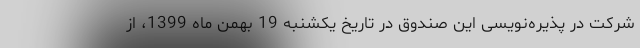
شرکت در پذیره‌نویسی این صندوق در تاریخ یکشنبه 19 بهمن ماه 1399، از